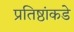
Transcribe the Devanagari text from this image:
प्रतिष्ठांकडे